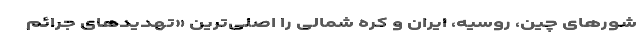
شورهای چین، روسیه، ایران و کره شمالی را اصلی‌ترین «تهدیدهای جرائم